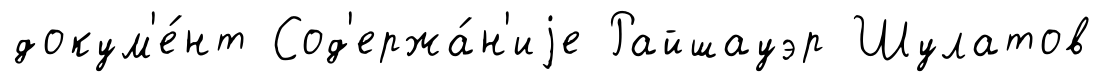
докум'е́нт Сод'ержа́н'иjе Райшауэр Шулатов